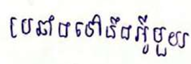
ប្រឆាំងទៅនឹងអ្វីមួយ